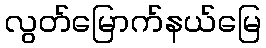
လွတ်မြောက်နယ်မြေ